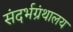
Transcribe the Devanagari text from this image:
संदर्भग्रंथालय